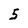
Character: 5